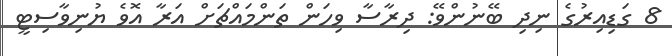
8 ގަޑިއިރުގެ ނިދި ބޭނުންވޭ: ދިރާސާ ވިހަން ތަންމައްޗަށް އަރާ އޮވެ ޔުނިވާސިޓީ